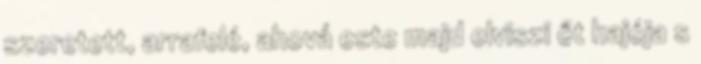
szeretett, arrafelé, ahová este majd elviszi őt hajója s